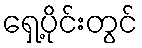
ရှေ့ပိုင်းတွင်